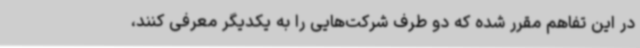
در این تفاهم مقرر شده که دو طرف شرکت‌هایی را به یکدیگر معرفی کنند،